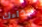
حذاءك